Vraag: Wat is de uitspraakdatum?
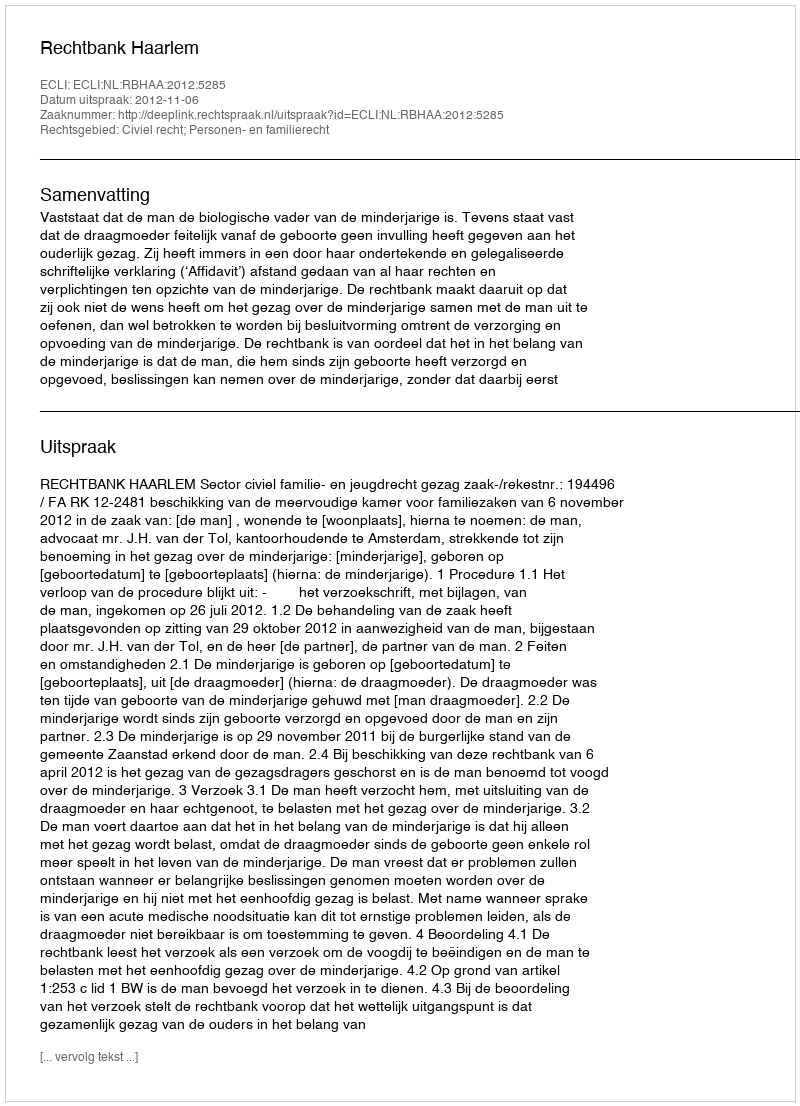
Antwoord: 2012-11-06